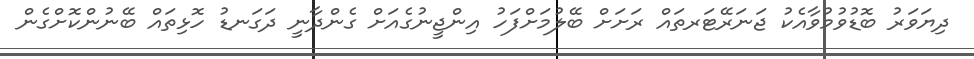
ދިޔަވަރު ބޮޑުވުމުވާއެކު ޖަނަރޭޓަރތައް ރަށަށް ބޭލުމަށްފަހު އިންޖީނުގެއަށް ގެންދާނީ ދަގަނޑު ހޮޅިތައް ބޭނުންކޮށްގެން